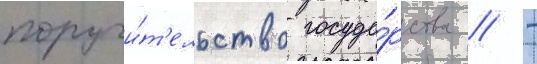
поручи́т'ельство госуда́рства // -